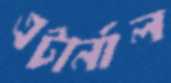
এটার্নাল